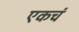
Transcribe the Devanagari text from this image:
एकचं